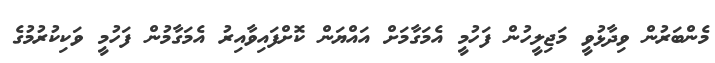
މެންބަރުން ވިދާޅުވީ މަޖިލީހުން ފަހުމީ އެމަގާމަށް އައްޔަން ކޮށްފައިވާއިރު އެމަގާމުން ފަހުމީ ވަކިކުރުމުގެ